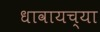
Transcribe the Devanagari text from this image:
धावायच्या